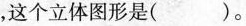
，这个立体图形是( )。